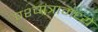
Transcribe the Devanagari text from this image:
पश्चांत्रामध्ये